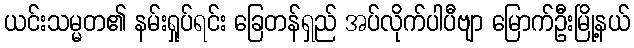
ယင်းသမ္မတ၏ နမ်းရှုပ်ရင်း ခြေတန်ရှည် အပ်လိုက်ပါပီဗျာ မြောက်ဦးမြို့နယ်